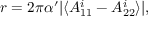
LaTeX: r = 2 \pi \alpha ^ { \prime } \vert \langle A _ { 1 1 } ^ { i } - A _ { 2 2 } ^ { i } \rangle \vert ,